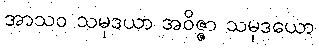
အာသဝ သမုဒယာ အဝိဇ္ဇာ သမုဒယော